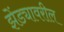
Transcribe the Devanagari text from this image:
झेंड्यावरील